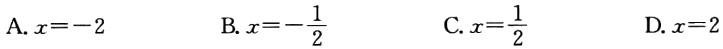
A. \(x = - 2\)

B. \(x =-\frac{1}{2}\)

C. \(x=\frac{1}{2}\)

D. \(x = 2\)